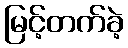
မြင့်တက်ခဲ့